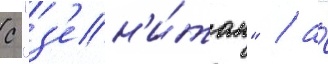
с "з'ен'и́том" / а́